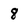
Character: 8